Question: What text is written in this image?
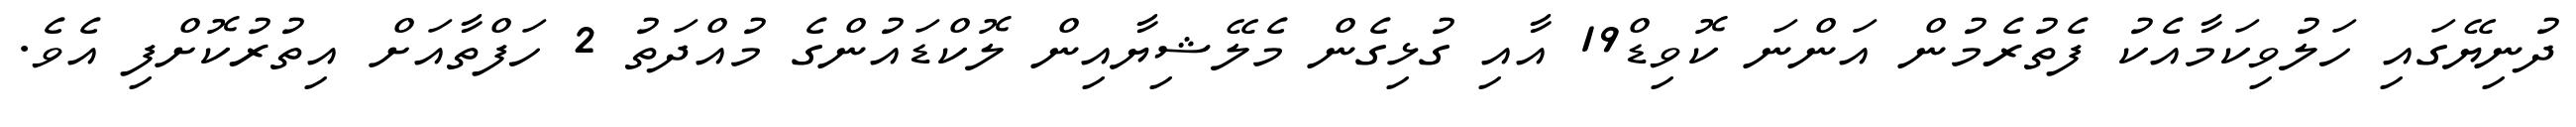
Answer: ދުނިޔޭގައި ހަލުވިކަމާއެކު ފެތުރެމުން އަންނަ ކޮވިޑް19 އާއި ގުޅިގެން މެލޭޝިޔާއިން ލޮކްޑައުންގެ މުއްދަތު 2 ހަފްތާއަށް އިތުރުކޮށްފި އެވެ.